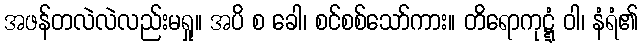
အဖန်တလဲလဲလည်းမရှု။ အပိ စ ခေါ၊ စင်စစ်သော်ကား။ တိရောကုဋ္ဋံ ဝါ၊ နံရံ၏